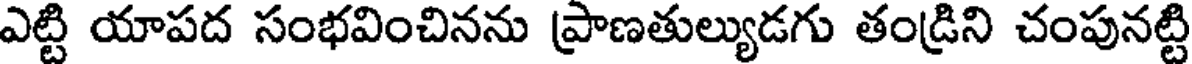
ఎట్టి యాపద సంభవించినను ప్రాణతుల్యుడగు తండ్రిని చంపునట్టి